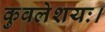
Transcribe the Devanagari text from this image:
कुवलेशयः।